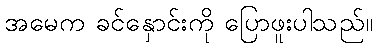
အမေက ခင်နှောင်းကို ပြောဖူးပါသည်။